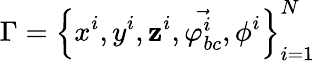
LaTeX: \Gamma=\left\{ x^{i},y^{i},\mathbf{z}^{i},\vec{{\varphi_{bc}^{i}}},\phi^{i}\right\} _{i=1}^{N}